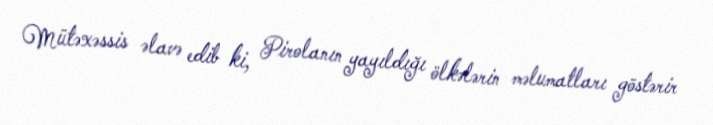
Mütəxəssis əlavə edib ki, Pirolanın yayıldığı ölkələrin məlumatları göstərir